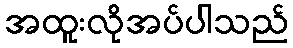
အထူးလိုအပ်ပါသည်